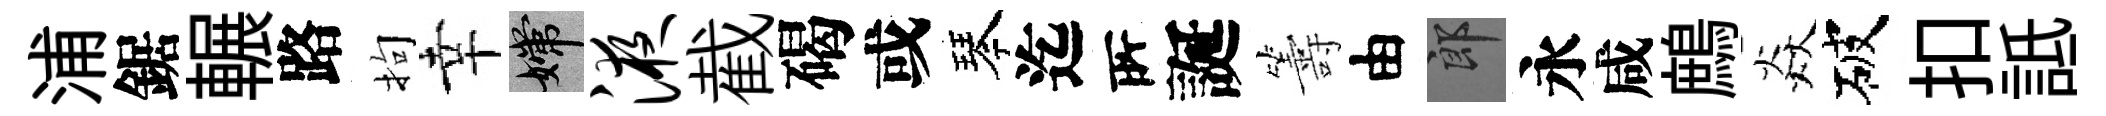
浦鋸輾路拘幸嫦液截碣或琴迄𠩄誕籌由郎永咸鷓焱破扣詆